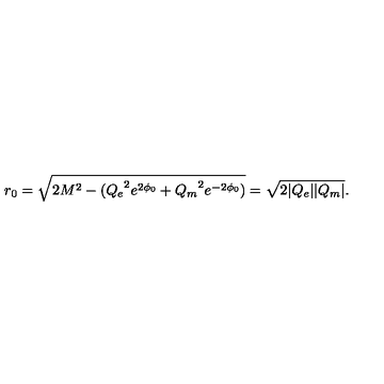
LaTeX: r _ { 0 } = \sqrt { 2 M ^ { 2 } - ( { Q _ { e } } ^ { 2 } e ^ { 2 \phi _ { 0 } } + { Q _ { m } } ^ { 2 } e ^ { - 2 \phi _ { 0 } } ) } = \sqrt { 2 | Q _ { e } | | Q _ { m } | } .